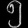
Digit: ၅